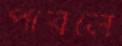
পারলে